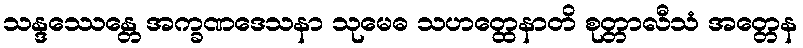
သန္ဒဿေန္တေ အက္ခဏဒေသနာ သုမေဓ သဟတ္ထေနာတိ စုတ္တာလီသံ အတ္တေန